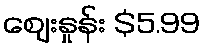
ဈေးနှုန်း $5.99